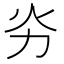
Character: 𠠽